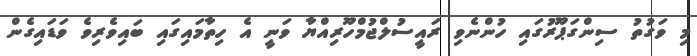
މި ވަގުތު ސިންގަޕޫރުގައި ހުންނެވި ރައީސުލްޖުމްހޫރިއްޔާ ވަނީ އެ ހިތާމައިގައި ބައިވެރިވެ ވަޑައިގެން